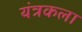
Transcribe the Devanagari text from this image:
यंत्रकला